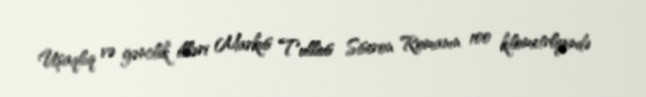
Uşaqlıq və gənclik illəri Markus Tullius Siseron Romanın 100 kilometrliyində